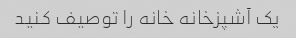
یک آشپزخانه خانه را توصیف کنید